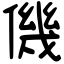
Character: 僟